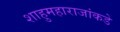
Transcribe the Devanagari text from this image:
शाहुमहाराजांकडे